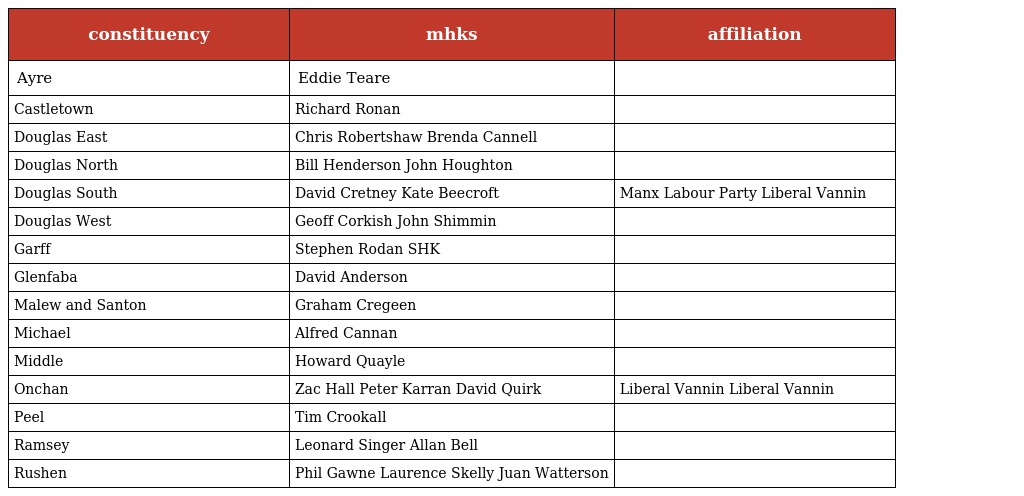
| constituency | mhks | affiliation |
 | --- | --- | --- |
 | Ayre | Eddie Teare |  |
 | Castletown | Richard Ronan |  |
 | Douglas East | Chris Robertshaw Brenda Cannell |  |
 | Douglas North | Bill Henderson John Houghton |  |
 | Douglas South | David Cretney Kate Beecroft | Manx Labour Party Liberal Vannin |
 | Douglas West | Geoff Corkish John Shimmin |  |
 | Garff | Stephen Rodan SHK |  |
 | Glenfaba | David Anderson |  |
 | Malew and Santon | Graham Cregeen |  |
 | Michael | Alfred Cannan |  |
 | Middle | Howard Quayle |  |
 | Onchan | Zac Hall Peter Karran David Quirk | Liberal Vannin Liberal Vannin |
 | Peel | Tim Crookall |  |
 | Ramsey | Leonard Singer Allan Bell |  |
 | Rushen | Phil Gawne Laurence Skelly Juan Watterson |  |